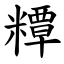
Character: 䊤